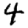
Digit: 4